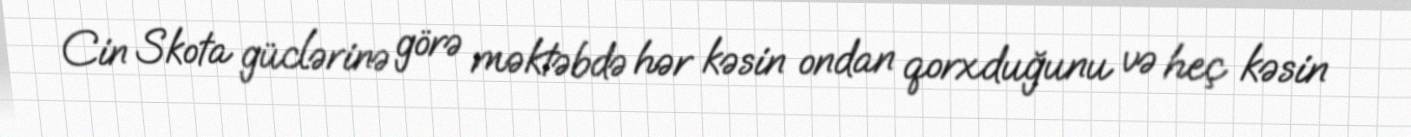
Cin Skota güclərinə görə məktəbdə hər kəsin ondan qorxduğunu və heç kəsin